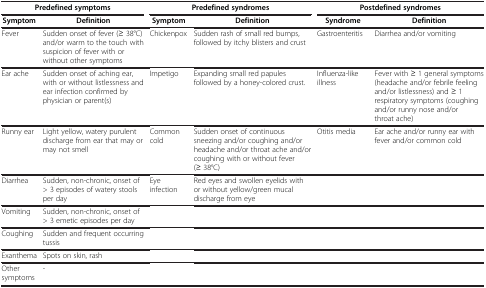
<table><thead><tr><td colspan="2"><b>Predefined symptoms</b></td><td colspan="2"><b>Predefined syndromes</b></td><td colspan="2"><b>Postdefined syndromes</b></td></tr><tr><td><b>Symptom</b></td><td><b>Definition</b></td><td><b>Symptom</b></td><td><b>Definition</b></td><td><b>Syndrome</b></td><td><b>Definition</b></td></tr></thead><tbody><tr><td>Fever</td><td>Sudden onset of fever (≥ 38°C) and/or warm to the touch with suspicion of fever with or without other symptoms</td><td>Chickenpox</td><td>Sudden rash of small red bumps, followed by itchy blisters and crust</td><td>Gastroenteritis</td><td>Diarrhea and/or vomiting</td></tr><tr><td>Ear ache</td><td>Sudden onset of aching ear, with or without listlessness and ear infection confirmed by physician or parent(s)</td><td>Impetigo</td><td>Expanding small red papules followed by a honey-colored crust.</td><td>Influenza-like illness</td><td>Fever with ≥ 1 general symptoms (headache and/or febrile feeling and/or listlessness) and ≥ 1 respiratory symptoms (coughing and/or runny nose and/or throat ache)</td></tr><tr><td>Runny ear</td><td>Light yellow, watery purulent discharge from ear that may or may not smell</td><td>Common cold</td><td>Sudden onset of continuous sneezing and/or coughing and/or headache and/or throat ache and/or coughing with or without fever (≥ 38°C)</td><td>Otitis media</td><td>Ear ache and/or runny ear with fever and/or common cold</td></tr><tr><td>Diarrhea</td><td>Sudden, non-chronic, onset of &gt; 3 episodes of watery stools per day</td><td>Eye infection</td><td>Red eyes and swollen eyelids with or without yellow/green mucal discharge from eye</td><td> </td><td> </td></tr><tr><td>Vomiting</td><td>Sudden, non-chronic, onset of &gt; 3 emetic episodes per day</td><td> </td><td> </td><td> </td><td> </td></tr><tr><td>Coughing</td><td>Sudden and frequent occurring tussis</td><td> </td><td> </td><td> </td><td> </td></tr><tr><td>Exanthema</td><td>Spots on skin, rash</td><td> </td><td> </td><td> </td><td> </td></tr><tr><td>Other symptoms</td><td>-</td><td> </td><td> </td><td> </td><td> </td></tr></tbody></table>